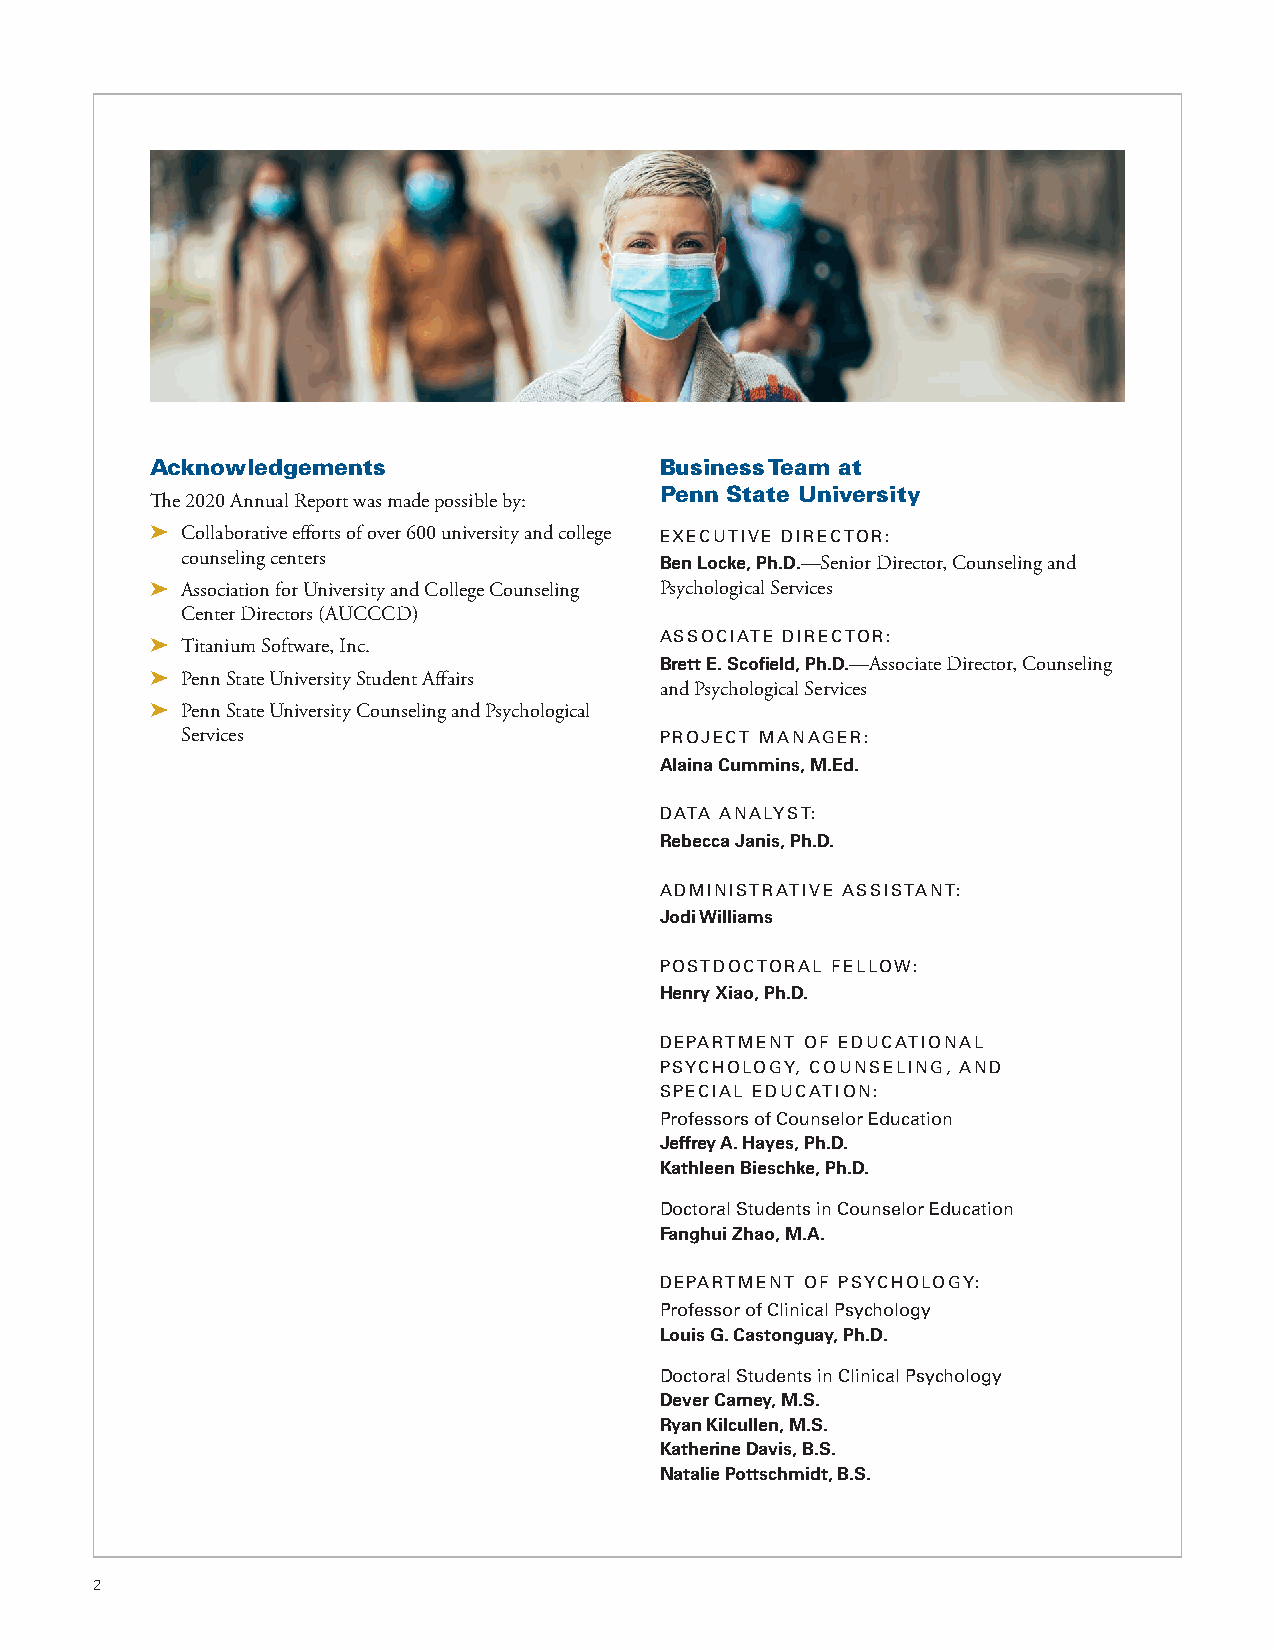
Acknowledgements                  Business Team at
 Penn State University
 The 2020 Annual Report was made possible by:
 ➤ Collaborative efforts of over 600 university and college EXECUTIVE DIRECTOR:
 counseling centers              Ben Locke, Ph.D.—Senior Director, Counseling and
 ➤ Association for University and College Counseling Psychological Services
 Center Directors (AUCCCD)
 ➤ Titanium Software, Inc.         ASSOCIATE DIRECTOR:
 Brett E. Scofield, Ph.D.—Associate Director, Counseling
 ➤ Penn State University Student Affairs
 and Psychological Services
 ➤ Penn State University Counseling and Psychological
 Services                        PROJECT MANAGER:
 Alaina Cummins, M.Ed.
 DATA ANALYST:
 Rebecca Janis, Ph.D.
 ADMINISTRATIVE ASSISTANT:
 Jodi Williams
 POSTDOCTORAL FELLOW:
 Henry Xiao, Ph.D.
 DEPARTMENT OF EDUCATIONAL
 PSYCHOLOGY, COUNSELING, AND
 SPECIAL EDUCATION:
 Professors of Counselor Education
 Jeffrey A. Hayes, Ph.D.
 Kathleen Bieschke, Ph.D.
 Doctoral Students in Counselor Education
 Fanghui Zhao, M.A.
 DEPARTMENT OF PSYCHOLOGY:
 Professor of Clinical Psychology
 Louis G. Castonguay, Ph.D.
 Doctoral Students in Clinical Psychology
 Dever Carney, M.S.
 Ryan Kilcullen, M.S.
 Katherine Davis, B.S.
 Natalie Pottschmidt, B.S.
 2